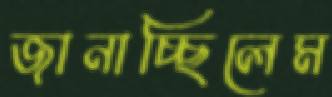
জানাচ্ছিলেম